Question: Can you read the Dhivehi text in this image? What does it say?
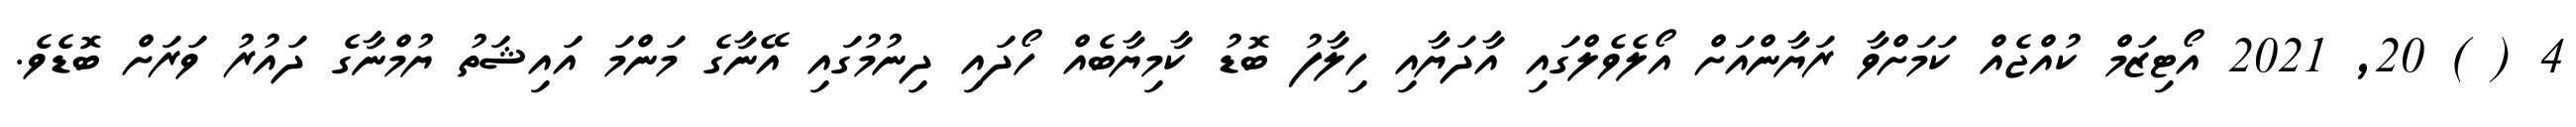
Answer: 4 ( ) 20, 2021 އޯޓިޒަމް ކުއްޖެއް ކަމަށްވާ ރަޔާންއަށް އޯލެވެލްގައި އާދަޔާއި ހިލާފު ބޮޑު ކާމިޔާބެއް ހޯދައި ދިނުމުގައި އޭނާގެ މަންމަ އައިޝަތު ޔުމްނާގެ ދައުރު ވަރަށް ބޮޑެވެ.